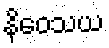
နိဝေသယ